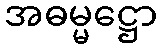
အဓမ္မဋ္ဌော